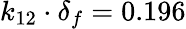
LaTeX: k_{12}\cdot\delta_{f}=0.196